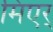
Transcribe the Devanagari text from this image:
मिएर्